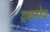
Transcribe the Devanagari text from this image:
द्रवरोप